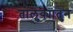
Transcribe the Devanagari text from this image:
तालुक्यातुन